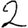
Digit: 2